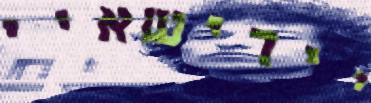
יידישאיי